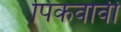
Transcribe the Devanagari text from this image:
पिकवावी